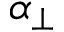
\alpha _ { \perp }